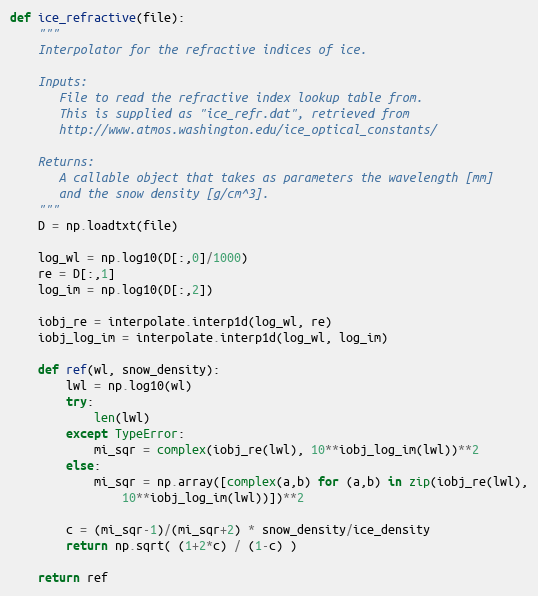
Language: Python
def ice_refractive(file):
    """
    Interpolator for the refractive indices of ice.

    Inputs:
       File to read the refractive index lookup table from.
       This is supplied as "ice_refr.dat", retrieved from
       http://www.atmos.washington.edu/ice_optical_constants/

    Returns:
       A callable object that takes as parameters the wavelength [mm]
       and the snow density [g/cm^3].
    """
    D = np.loadtxt(file)

    log_wl = np.log10(D[:,0]/1000)
    re = D[:,1]
    log_im = np.log10(D[:,2])

    iobj_re = interpolate.interp1d(log_wl, re)
    iobj_log_im = interpolate.interp1d(log_wl, log_im)

    def ref(wl, snow_density):
        lwl = np.log10(wl)
        try:
            len(lwl)
        except TypeError:
            mi_sqr = complex(iobj_re(lwl), 10**iobj_log_im(lwl))**2
        else:
            mi_sqr = np.array([complex(a,b) for (a,b) in zip(iobj_re(lwl),
                10**iobj_log_im(lwl))])**2

        c = (mi_sqr-1)/(mi_sqr+2) * snow_density/ice_density
        return np.sqrt( (1+2*c) / (1-c) )

    return ref